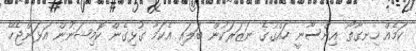
ކަމެއް ހިިނގާތޯ އިންސާނީ ހައްގުގެ ނަޒަރަކުން ބަލައި އެކަމާ ގުޅިގެން ކޮމިޝަނުން އަޅަންޖެހޭ